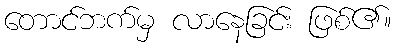
တောင်ဘက်မှ လာနေခြင်း ဖြစ်၏။